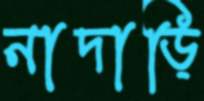
নাদাড়ি